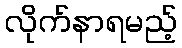
လိုက်နာရမည့်